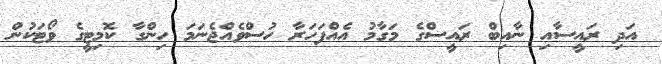
އަދި ރައީސާއި ނާއިބް ރައީސްގެ މަގާމު އެއްފަހަރާ ހުސްވެއްޖެނަމަ ހިންގާ ކޮމިޓީގެ ވޯޓަކުން